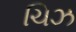
ચિઝ